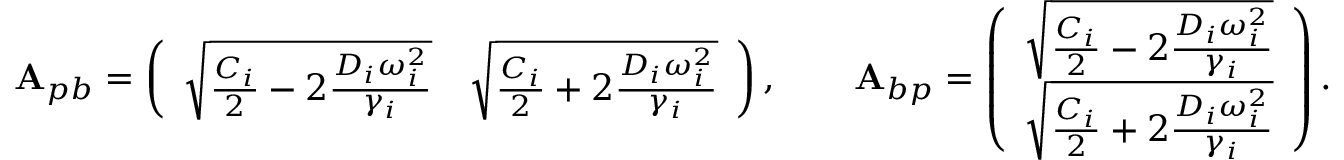
\mathbf { A } _ { p b } = \left( \begin{array} { l l } { \sqrt { \frac { C _ { i } } { 2 } - 2 \frac { D _ { i } \omega _ { i } ^ { 2 } } { \gamma _ { i } } } } & { \sqrt { \frac { C _ { i } } { 2 } + 2 \frac { D _ { i } \omega _ { i } ^ { 2 } } { \gamma _ { i } } } } \end{array} \right) , \qquad \mathbf { A } _ { b p } = \left( \begin{array} { l } { \sqrt { \frac { C _ { i } } { 2 } - 2 \frac { D _ { i } \omega _ { i } ^ { 2 } } { \gamma _ { i } } } } \\ { \sqrt { \frac { C _ { i } } { 2 } + 2 \frac { D _ { i } \omega _ { i } ^ { 2 } } { \gamma _ { i } } } } \end{array} \right) .